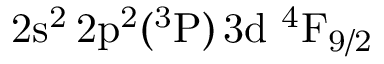
\mathrm { 2 s ^ { 2 } \, 2 p ^ { 2 } ( ^ { 3 } P ) \, 3 d ~ ^ { 4 } F _ { 9 / 2 } }